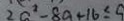
2 a ^ { 2 } - 8 a + 1 6 \leq 9